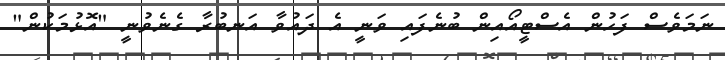
ނަމަވެސް ފަހުން އެސްޓީއޯއިން ބުނެފައި ވަނީ އެ ދައުވާ އަނބުރާ ގެނެވުނީ "އޮޅުމަކުން"